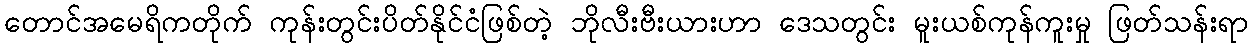
တောင်အမေရိကတိုက် ကုန်းတွင်းပိတ်နိုင်ငံဖြစ်တဲ့ ဘိုလီးဗီးယားဟာ ဒေသတွင်း မူးယစ်ကုန်ကူးမှု ဖြတ်သန်းရာ